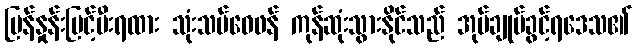
မြန်နှုန်းမြင့်မီးရထား သုံးသပ်ဝေဖန် ကုန်ဆုံးသွားနိုင်သည် အုပ်ချုပ်ခွင့်ရဒေသ၏